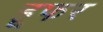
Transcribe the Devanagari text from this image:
हूफर